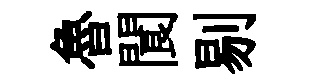
魯閬剔